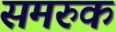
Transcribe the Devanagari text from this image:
समरुक